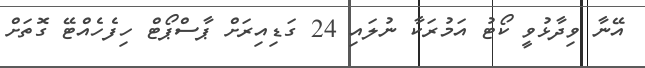
އޭނާ ވިދާޅުވީ ކޯޓު އަމުރަކާ ނުލައި 24 ގަޑިއިރަށް ޕާސްޕޯޓް ހިފެހެއްޓޭ ގޮތަށް